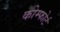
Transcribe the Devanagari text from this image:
कोम्फोर्ट